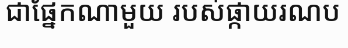
ជាផ្នែកណាមួយ របស់ផ្កាយរណប